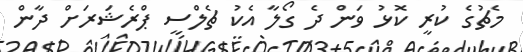
މެޗުގެ ކުރީ ކޮޅު ވަން ދެ ގޯލާ އެކު ޗެލްސީ ޕްރެޝަރަށް ދާން